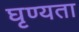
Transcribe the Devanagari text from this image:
घृण्यता